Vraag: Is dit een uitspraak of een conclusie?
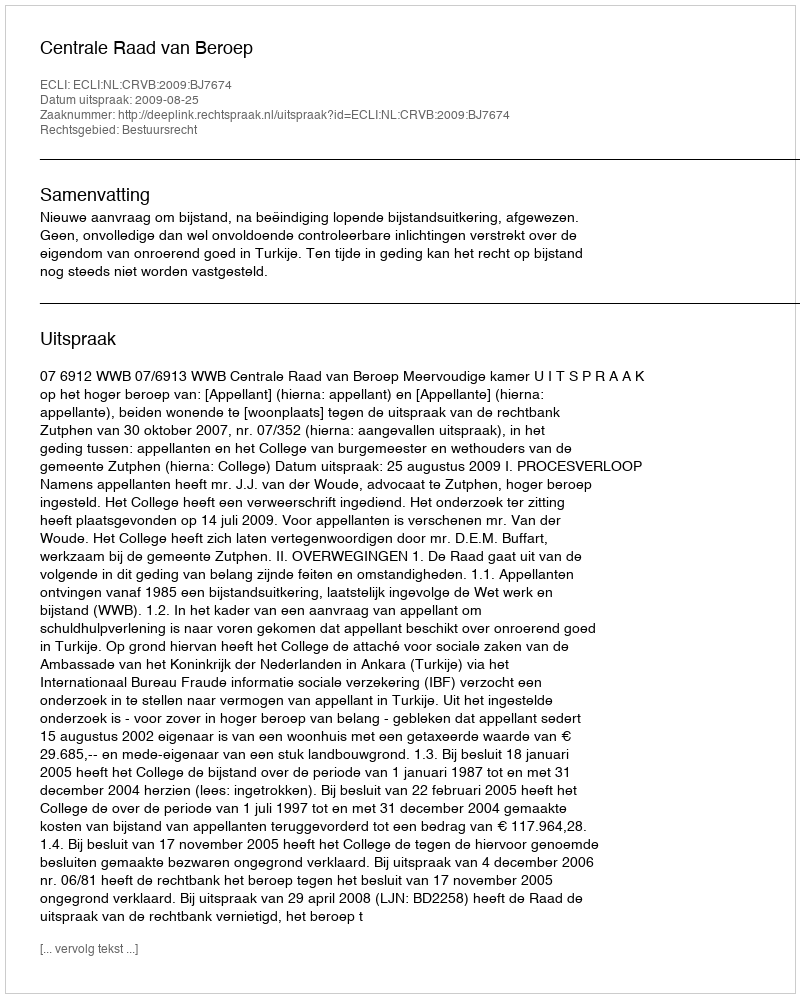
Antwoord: Uitspraak